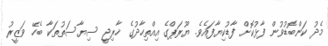
މެދު ކަންބޮޑުވުން ފާޅުކޮށް ފާޑުކިޔާފައެވެ. ޔޫރަޕްގެ އިއްތިހާދުގެ ޚާރިޖީ ސިޔާސަތުތަކާ ބެހޭ ވަޒީރު